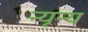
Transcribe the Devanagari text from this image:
न्यून्य